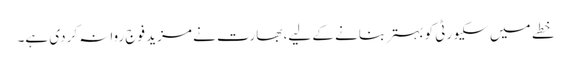
خطے میں سکیورٹی کو بہتر بنانے کے لیے، بھارت نے مزید فوج روانہ کردی ہے۔